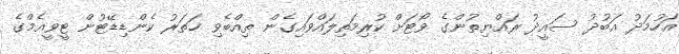
އަހުމަދު އަބުދު ސައީދު ރައްޔިތުންގެ ވޯޓަށް ކުރިމަތިލައްވައިގެން ތިއްބެވި ހަތަރު ކެންޑިޑޭޓުން ޓީވީއެމްގެ